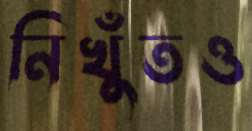
নিখুঁতও